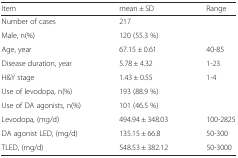
| Item | mean ± SD | Range |
 | --- | --- | --- |
 | Number of cases | 217 |  |
 | Male, n(%) | 120 (55.3 %) |  |
 | Age, year | 67.15 ± 0.61 | 40-85 |
 | Disease duration, year | 5.78 ± 4.32 | 1-23 |
 | H&Y stage | 1.43 ± 0.55 | 1-4 |
 | Use of levodopa, n(%) | 193 (88.9 %) |  |
 | Use of DA agonists, n(%) | 101 (46.5 %) |  |
 | Levodopa, (mg/d) | 494.94 ± 348.03 | 100-2825 |
 | DA agonist LED, (mg/d) | 135.15 ± 66.8 | 50-300 |
 | TLED, (mg/d) | 548.53 ± 382.12 | 50-3000 |